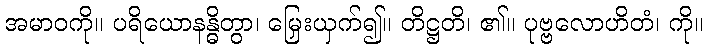
အမာဝကို။ ပရိယောနန္ဓိတွာ၊ မြှေးယှက်၍။ တိဋ္ဌတိ၊ ၏။ ပုဗ္ဗလောဟိတံ၊ ကို။